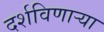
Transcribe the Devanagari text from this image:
दर्शविणाऱ्या